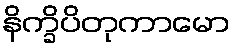
နိက္ခိပိတုကာမော